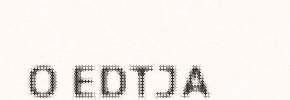
O EDTJA